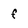
Character: f